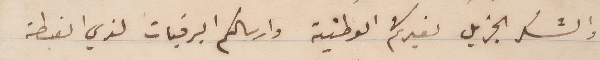
والشكر الجزيل لغيرتكم الوطنية وارسالكم البرقبات لذي الغبطة